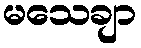
မသေချာ